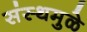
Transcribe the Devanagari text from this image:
संस्थमुळे